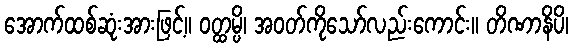
အောက်ထစ်ဆုံးအားဖြင့်။ ဝတ္ထမ္ပိ၊ အဝတ်ကိုသော်လည်းကောင်း။ တိဏာနိပိ၊